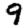
Digit: 9